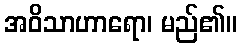
အဝိသာဟာရော၊ မည်၏။